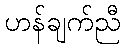
ဟန်ချက်ညီ